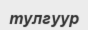
тулгуур